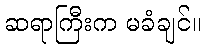
ဆရာကြီးက မခံချင်။